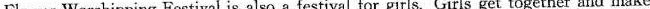
Flower-Worshipping Festival is also a festival for girls. Girls get together and make